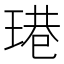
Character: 𤧈